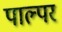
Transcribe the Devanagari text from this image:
पाल्पर